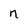
Character: n